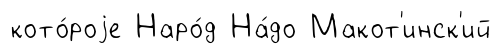
кото́роjе Наро́д На́до Макот'инск'ий